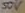
Text: 50V